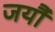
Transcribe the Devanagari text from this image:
जर्यौ